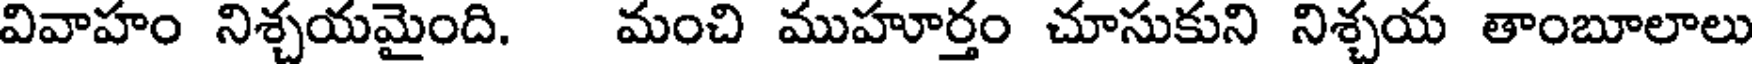
వివాహం నిశ్చయమైంది. మంచి ముహూర్తం చూసుకుని నిశ్చయ తాంబూలాలు